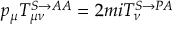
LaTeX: p _ { \mu } T _ { \mu \nu } ^ { S \rightarrow A A } = 2 m i T _ { \nu } ^ { S \rightarrow P A }